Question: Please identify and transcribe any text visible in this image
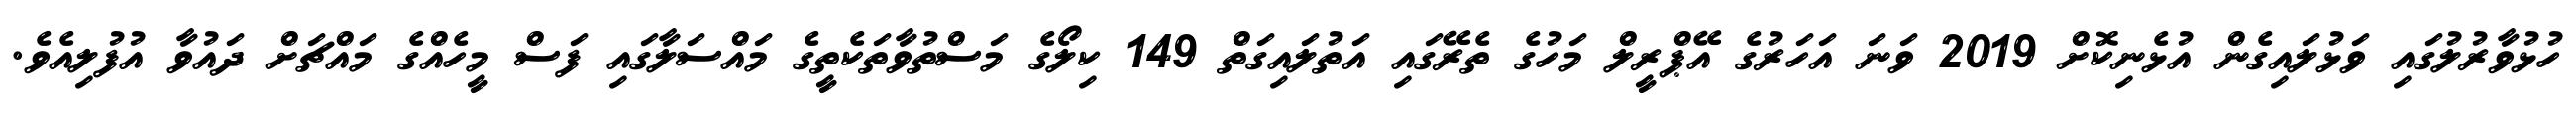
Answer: ހުޅުވާރުލުގައި ވަޅުލައިގެން އުޅެނިކޮށް 2019 ވަނަ އަހަރުގެ އޭޕްރީލް މަހުގެ ތެރޭގައި އަތުލައިގަތް 149 ކިލޯގެ މަސްތުވާތަކެތީގެ މައްސަލާގައި ފަސް މީހެއްގެ މައްޗަށް ދައުވާ އުފުލިއެވެ.